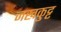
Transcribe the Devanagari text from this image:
नखकुट्ट